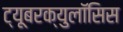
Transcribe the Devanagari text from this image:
ट्यूबरक्युलॉसिस